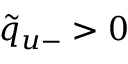
\tilde { q } _ { u - } > 0